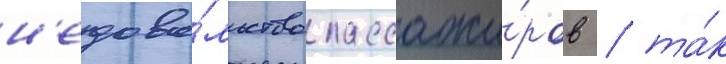
н'едово́льство пассажи́ров / та́к